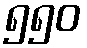
၅၅၀